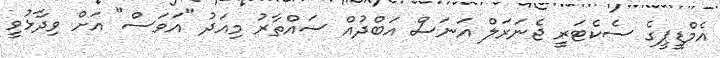
އެމްޑީޕީގެ ސެކެޓަރީ ޖެނަރަލް އަނަސް އަބްދުއް ސައްތާރު މިއަދު "އަވަސް" އަށް ވިދާޅުވީ